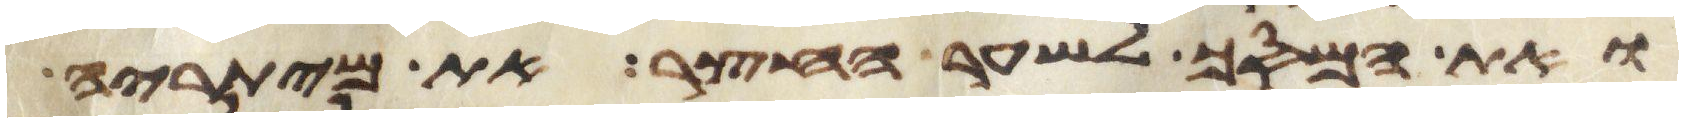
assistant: ואת המסך לשער החצר את מיתריה